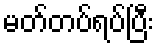
မတ်တပ်ရပ်ပြီး